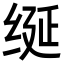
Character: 𫄧